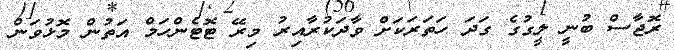
ރޮޖާސް ބުނީ ލީގުގެ ގަދަ ހަތަރަކަށް ވާދަކުރާއިރު މިރޭ ޓޮޓެންހަމް އަތުން މޮޅުވަން